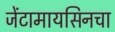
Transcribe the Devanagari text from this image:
जेंटामायसिनचा